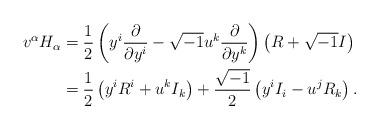
LaTeX: \begin{align*}v^{\alpha}H_{\alpha}&= \frac12 \left(y^i \frac{\partial}{\partial y^i} - \sqrt{-1} u^k \frac{\partial}{\partial y^k} \right) \left( R + \sqrt{-1} I \right) \\&= \frac12 \left( y^i R^i + u^k I_k \right) + \frac{\sqrt{-1}}{2} \left( y^i I_i - u^j R_k \right).\end{align*}